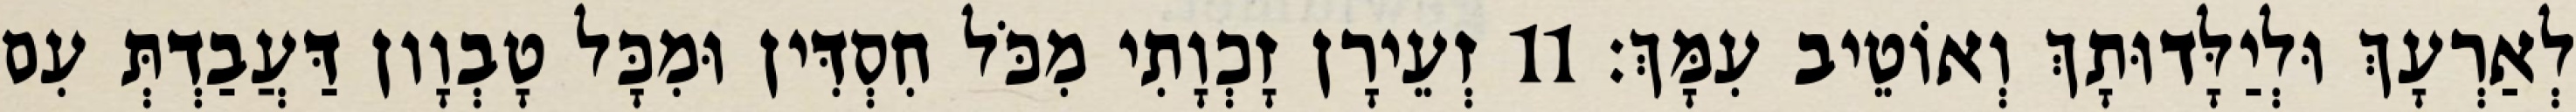
לְאַרְעָךְ וּלְיַלָּדוּתָךְ וְאוֹטֵיב עִמָּךְ׃ 11 זְעֵירָן זָכְוָתִי מִכֹּל חִסְדִּין וּמִכָּל טָבְוָון דַּעֲבַדְתְּ עִם